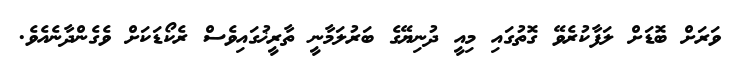
ވަރަށް ބޮޑަށް ލަފާކުރެވޭ ގޮތުގައި މިއީ ދުނިޔޭގެ ބަރުލަމާނީ ތާރީޚުގައިވެސް ރެކޯޑަކަށް ވެގެންދާނެއެވެ.